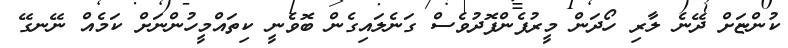
ކުންޏަށް ދޭނެ ލާރި ހޯދަން މީރުފެންފޮދުވެސް ގަނެލައިގެން ބޮވެނީ ކިތައްމީހުންނަށް ކަމެެއް ނޭނގޭ